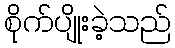
စိုက်ပျိုးခဲ့သည်